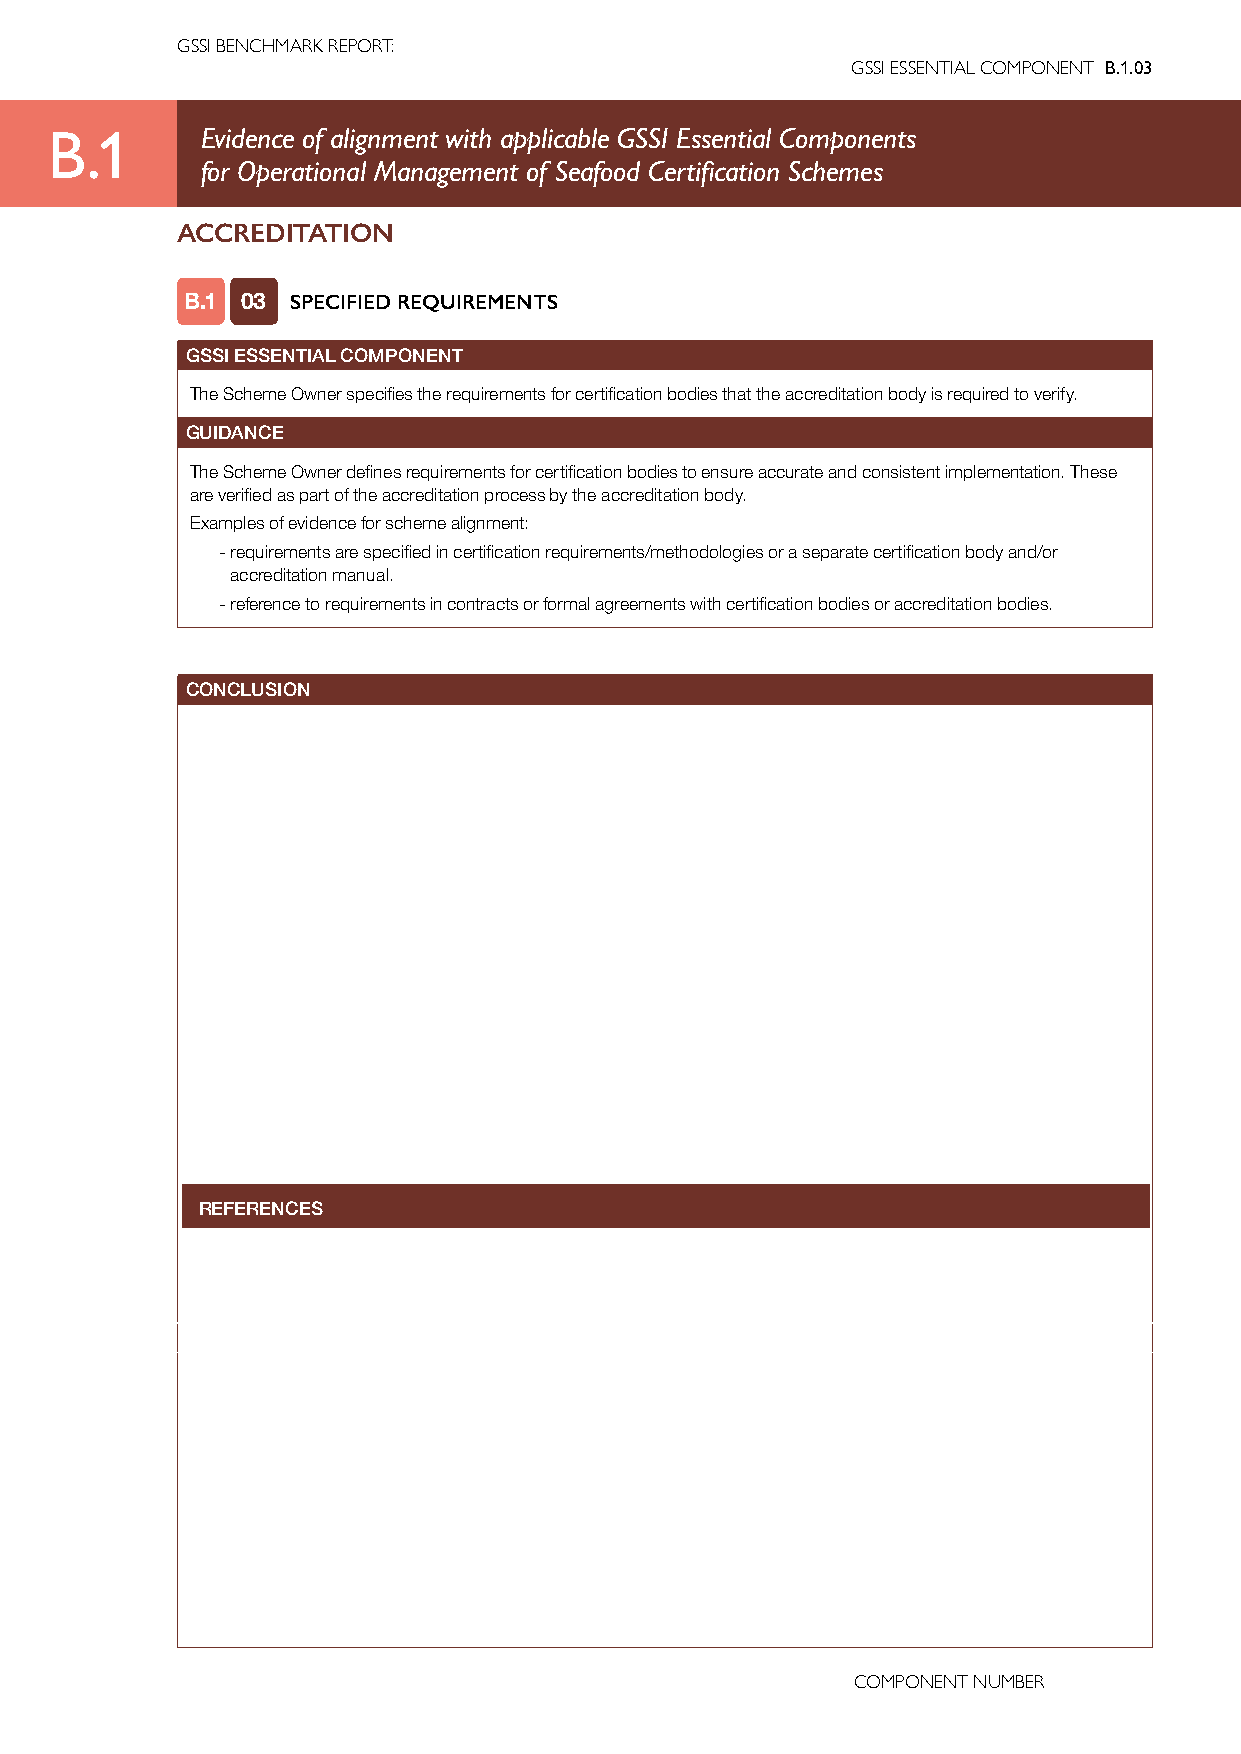
GSSI BENCHMARK REPORT:
 GSSI ESSENTIAL COMPONENT B.1.03
 B.1       Evidence of alignment with applicable GSSI Essential Components
 for Operational Management of Seafood Certification Schemes
 ACCREDITATION
 B.1 03 SPECIFIED REQUIREMENTS
 GSSI ESSENTIAL COMPONENT
 The Scheme Owner specifies the requirements for certification bodies that the accreditation body is required to verify.
 GUIDANCE
 The Scheme Owner defines requirements for certification bodies to ensure accurate and consistent implementation. These
 are verified as part of the accreditation process by the accreditation body.
 Examples of evidence for scheme alignment:
 - requirements are specified in certification requirements/methodologies or a separate certification body and/or
 accreditation manual.
 - reference to requirements in contracts or formal agreements with certification bodies or accreditation bodies.
 CONCLUSION
 REFERENCES
 COMPONENT NUMBER